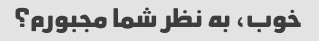
خوب، به نظر شما مجبورم؟